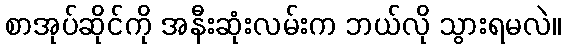
စာအုပ်ဆိုင်ကို အနီးဆုံးလမ်းက ဘယ်လို သွားရမလဲ။